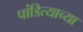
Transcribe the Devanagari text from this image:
पांडित्याच्या